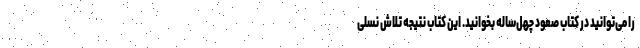
را می‌توانید در کتاب صعود چهل‌ساله بخوانید. این کتاب نتیجه تلاش نسلی